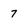
Character: 7